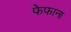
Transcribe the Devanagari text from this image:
फेफाना